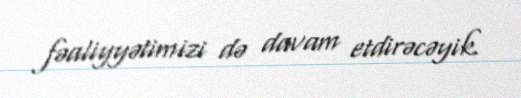
fəaliyyətimizi də davam etdirəcəyik.